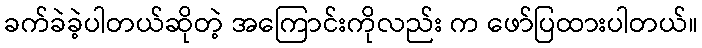
ခက်ခဲခဲ့ပါတယ်ဆိုတဲ့ အကြောင်းကိုလည်း က ဖော်ပြထားပါတယ်။